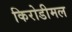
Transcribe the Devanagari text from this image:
किरोडीमल